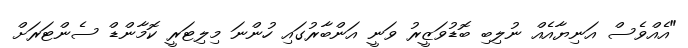
"އެއްވެސް އަނިޔާއެއް ނުލިބި ބޮޑުވަޒީރު ވަނީ އަންބާރުގައި ހުންނަ މިލިޓަރީ ކޮމާންޑް ސެންޓަރަށް